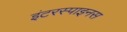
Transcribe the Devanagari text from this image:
इंटरस्पाइनस